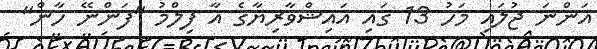
އަންނަ ޖުލައި މަހު 13 ގައި އައިޝްވާރިޔާގެ އާ ފިލްމު "ފަންނޭ ހާން"